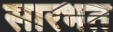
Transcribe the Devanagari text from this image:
सारभत